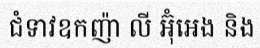
ជំទាវឧកញ៉ា លី អ៊ុំអេង និង